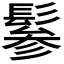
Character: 𩭹